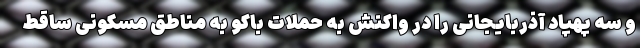
و سه پهپاد آذربایجانی را در واکنش به حملات باکو به مناطق مسکونی ساقط